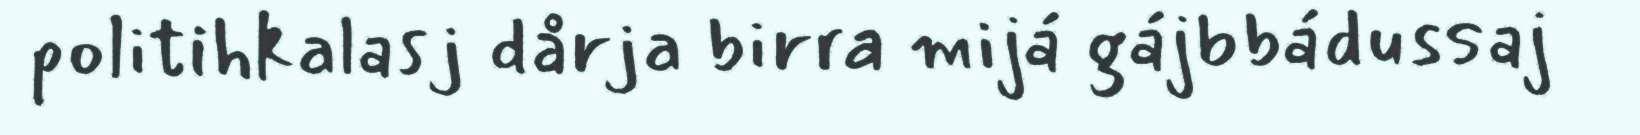
politihkalasj dårja birra mijá gájbbádussaj